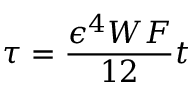
\tau = \frac { \epsilon ^ { 4 } W F } { 1 2 } t